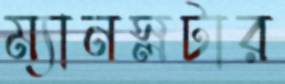
ম্যানস্লটার